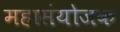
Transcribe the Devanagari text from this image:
महासंयोजक